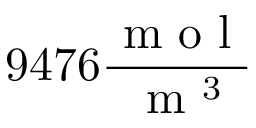
9 4 7 6 \frac { \mathrm { ~ m ~ o ~ l ~ } } { \mathrm { ~ m ~ } ^ { 3 } }